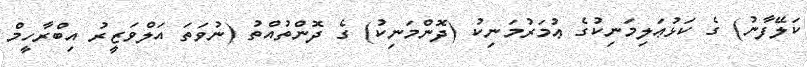
ކަލޭފާނު) ގެ ކަޅުޢަލިމަނިކުގެ ޢުމަރުމަނިކު (ދޮންމަނިކު) ގެ ދޮންތުއްތު (ނުވަތަ އަލްވަޒީރު އިބްރާހީމް